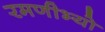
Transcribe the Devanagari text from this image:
रमणीभ्यो